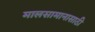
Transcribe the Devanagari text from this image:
मालसामानासाठी